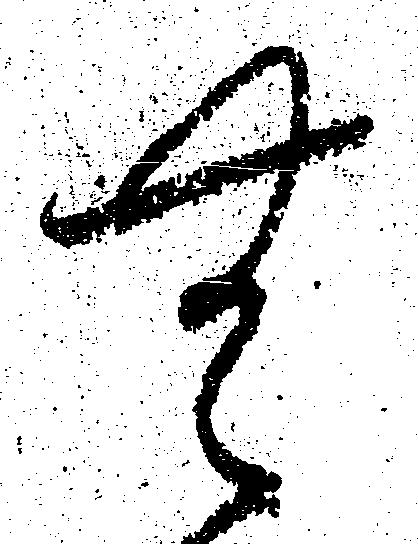
無